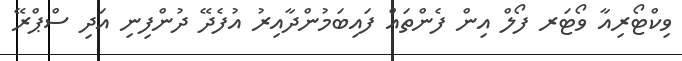
ވިކްޓޯރިއާ ވޯޓަރ ފޯލް އިން ފެންތައް ފައިބަމުންދާއިރު އުފެދޭ ދުންފިނި އަދި ސްޕްރޭ